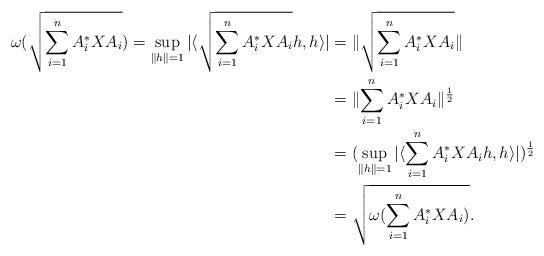
LaTeX: \begin{align*}\omega({\sqrt{\sum_{i=1}^n A_i^*XA_i}}) = \sup_{\|h \|=1} |\langle {\sqrt{\sum_{i=1}^n A_i^*XA_i}}h, h \rangle| & = \| {\sqrt{\sum_{i=1}^n A_i^*XA_i}} \| \\& = \| {\sum_{i=1}^n A_i^*XA_i} \|^{1 \over 2} \\& = (\sup_{\|h \|=1} |\langle {\sum_{i=1}^n A_i^*XA_i}h, h \rangle|)^{1 \over 2} \\& = \sqrt{\omega(\sum_{i=1}^n A_i^*XA_i)}.\end{align*}